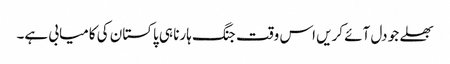
بھلے جو دل آئے کریں اس وقت جنگ ہارنا ہی پاکستان کی کامیابی ہے۔